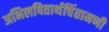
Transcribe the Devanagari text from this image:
अभिलषितार्थचिंतामणी